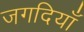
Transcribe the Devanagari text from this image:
जगदियाँ